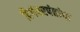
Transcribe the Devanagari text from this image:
दिगंबरपंतांचा